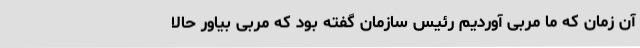
آن زمان که ما مربی آوردیم رئیس سازمان گفته بود که مربی بیاور حالا